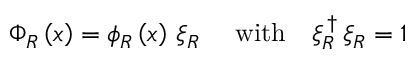
\begin{array} { r } { \Phi _ { R } \left( x \right) = \phi _ { R } \left( x \right) \, \xi _ { R } \quad \mathrm { \ w i t h } \quad \xi _ { R } ^ { \, \dag } \, \xi _ { R } = 1 } \end{array}